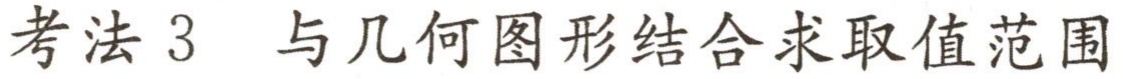
考法 3 与几何图形结合求取值范围